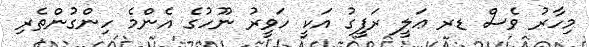
މިހާރު ވެސް ޑރ ޢަލީ ރަފީގު އަކީ ހަވީރު ނޫހުގެ އެންމެ ހިންގުންތެރި